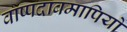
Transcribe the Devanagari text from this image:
वाष्पदाबमापियों